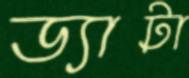
ড্যাটা